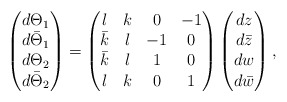
\begin{align*}\begin{pmatrix} d\Theta_1\\ d\bar\Theta_1\\ d\Theta_2\\ d\bar\Theta_2\end{pmatrix}=\begin{pmatrix} l & k & 0 &-1\\ \bar k & l & -1 & 0 \\ \bar k & l & 1 & 0 \\ l & k & 0 & 1\end{pmatrix}\begin{pmatrix} dz \\ d\bar z \\ dw \\ d\bar w \end{pmatrix},\end{align*}